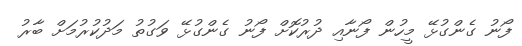
ފޯނު ގެންގުޅޭ މީހުން ފޯނާއި ދުރުކޮށް ފޯނު ގެންގުޅޭ ވަގުތު މަދުކުރުމަށް ބާރު